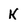
Character: K